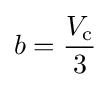
b={\frac {V_{\text{c}}}{3}}